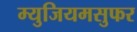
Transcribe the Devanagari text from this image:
म्युजियमसुफर